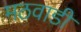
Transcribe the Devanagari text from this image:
मठवाडी